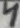
Text: 4